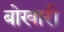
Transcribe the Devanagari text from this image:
बोखारी